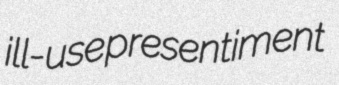
ill-use presentiment